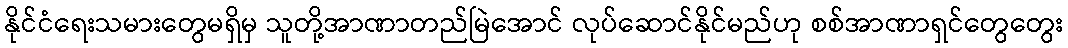
နိုင်ငံရေးသမားတွေမရှိမှ သူတို့အာဏာတည်မြဲအောင် လုပ်ဆောင်နိုင်မည်ဟု စစ်အာဏာရှင်တွေတွေး